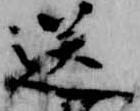
送